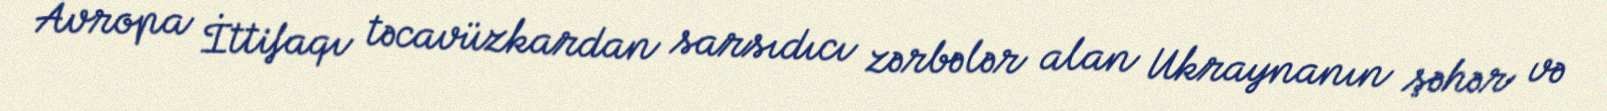
Avropa İttifaqı təcavüzkardan sarsıdıcı zərbələr alan Ukraynanın şəhər və